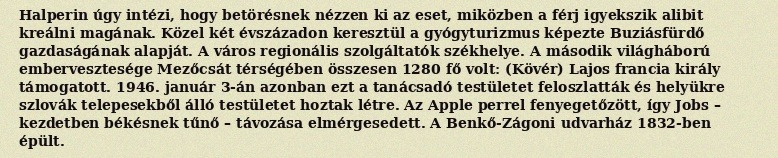
Halperin úgy intézi, hogy betörésnek nézzen ki az eset, miközben a férj igyekszik alibit kreálni magának. Közel két évszázadon keresztül a gyógyturizmus képezte Buziásfürdő gazdaságának alapját. A város regionális szolgáltatók székhelye. A második világháború embervesztesége Mezőcsát térségében összesen 1280 fő volt: (Kövér) Lajos francia király támogatott. 1946. január 3-án azonban ezt a tanácsadó testületet feloszlatták és helyükre szlovák telepesekből álló testületet hoztak létre. Az Apple perrel fenyegetőzött, így Jobs – kezdetben békésnek tűnő – távozása elmérgesedett. A Benkő-Zágoni udvarház 1832-ben épült.